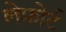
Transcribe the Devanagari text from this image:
लेफ़ोर्ट